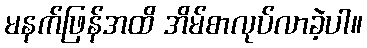
မနက်ဖြန်အထိ အိမ်စာလုပ်လာခဲ့ပါ။